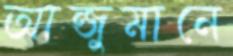
আন্জুমানে